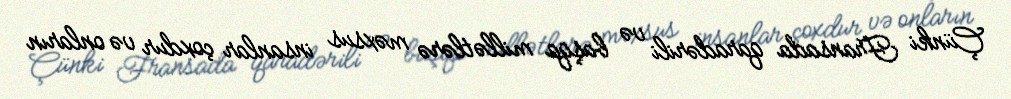
Çünki Fransada qaradərili və başqa millətlərə məxsus insanlar çoxdur və onların